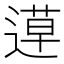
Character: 𨕡